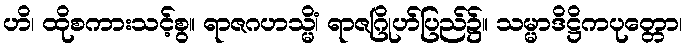
ဟိ၊ ထိုစကားသင့်စွ။ ရာဇဂဟသ္မိံ၊ ရာဇဂြိုဟ်ပြည်၌။ သမ္မာဒိဋ္ဌိကပုတ္တော၊